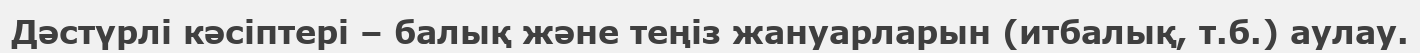
Дәстүрлі кәсіптері – балық және теңіз жануарларын (итбалық, т.б.) аулау.